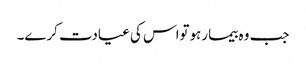
جب وہ بیمارہوتواس کی عیادت کرے۔